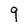
Character: 9